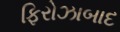
ફિરોઝાબાદ